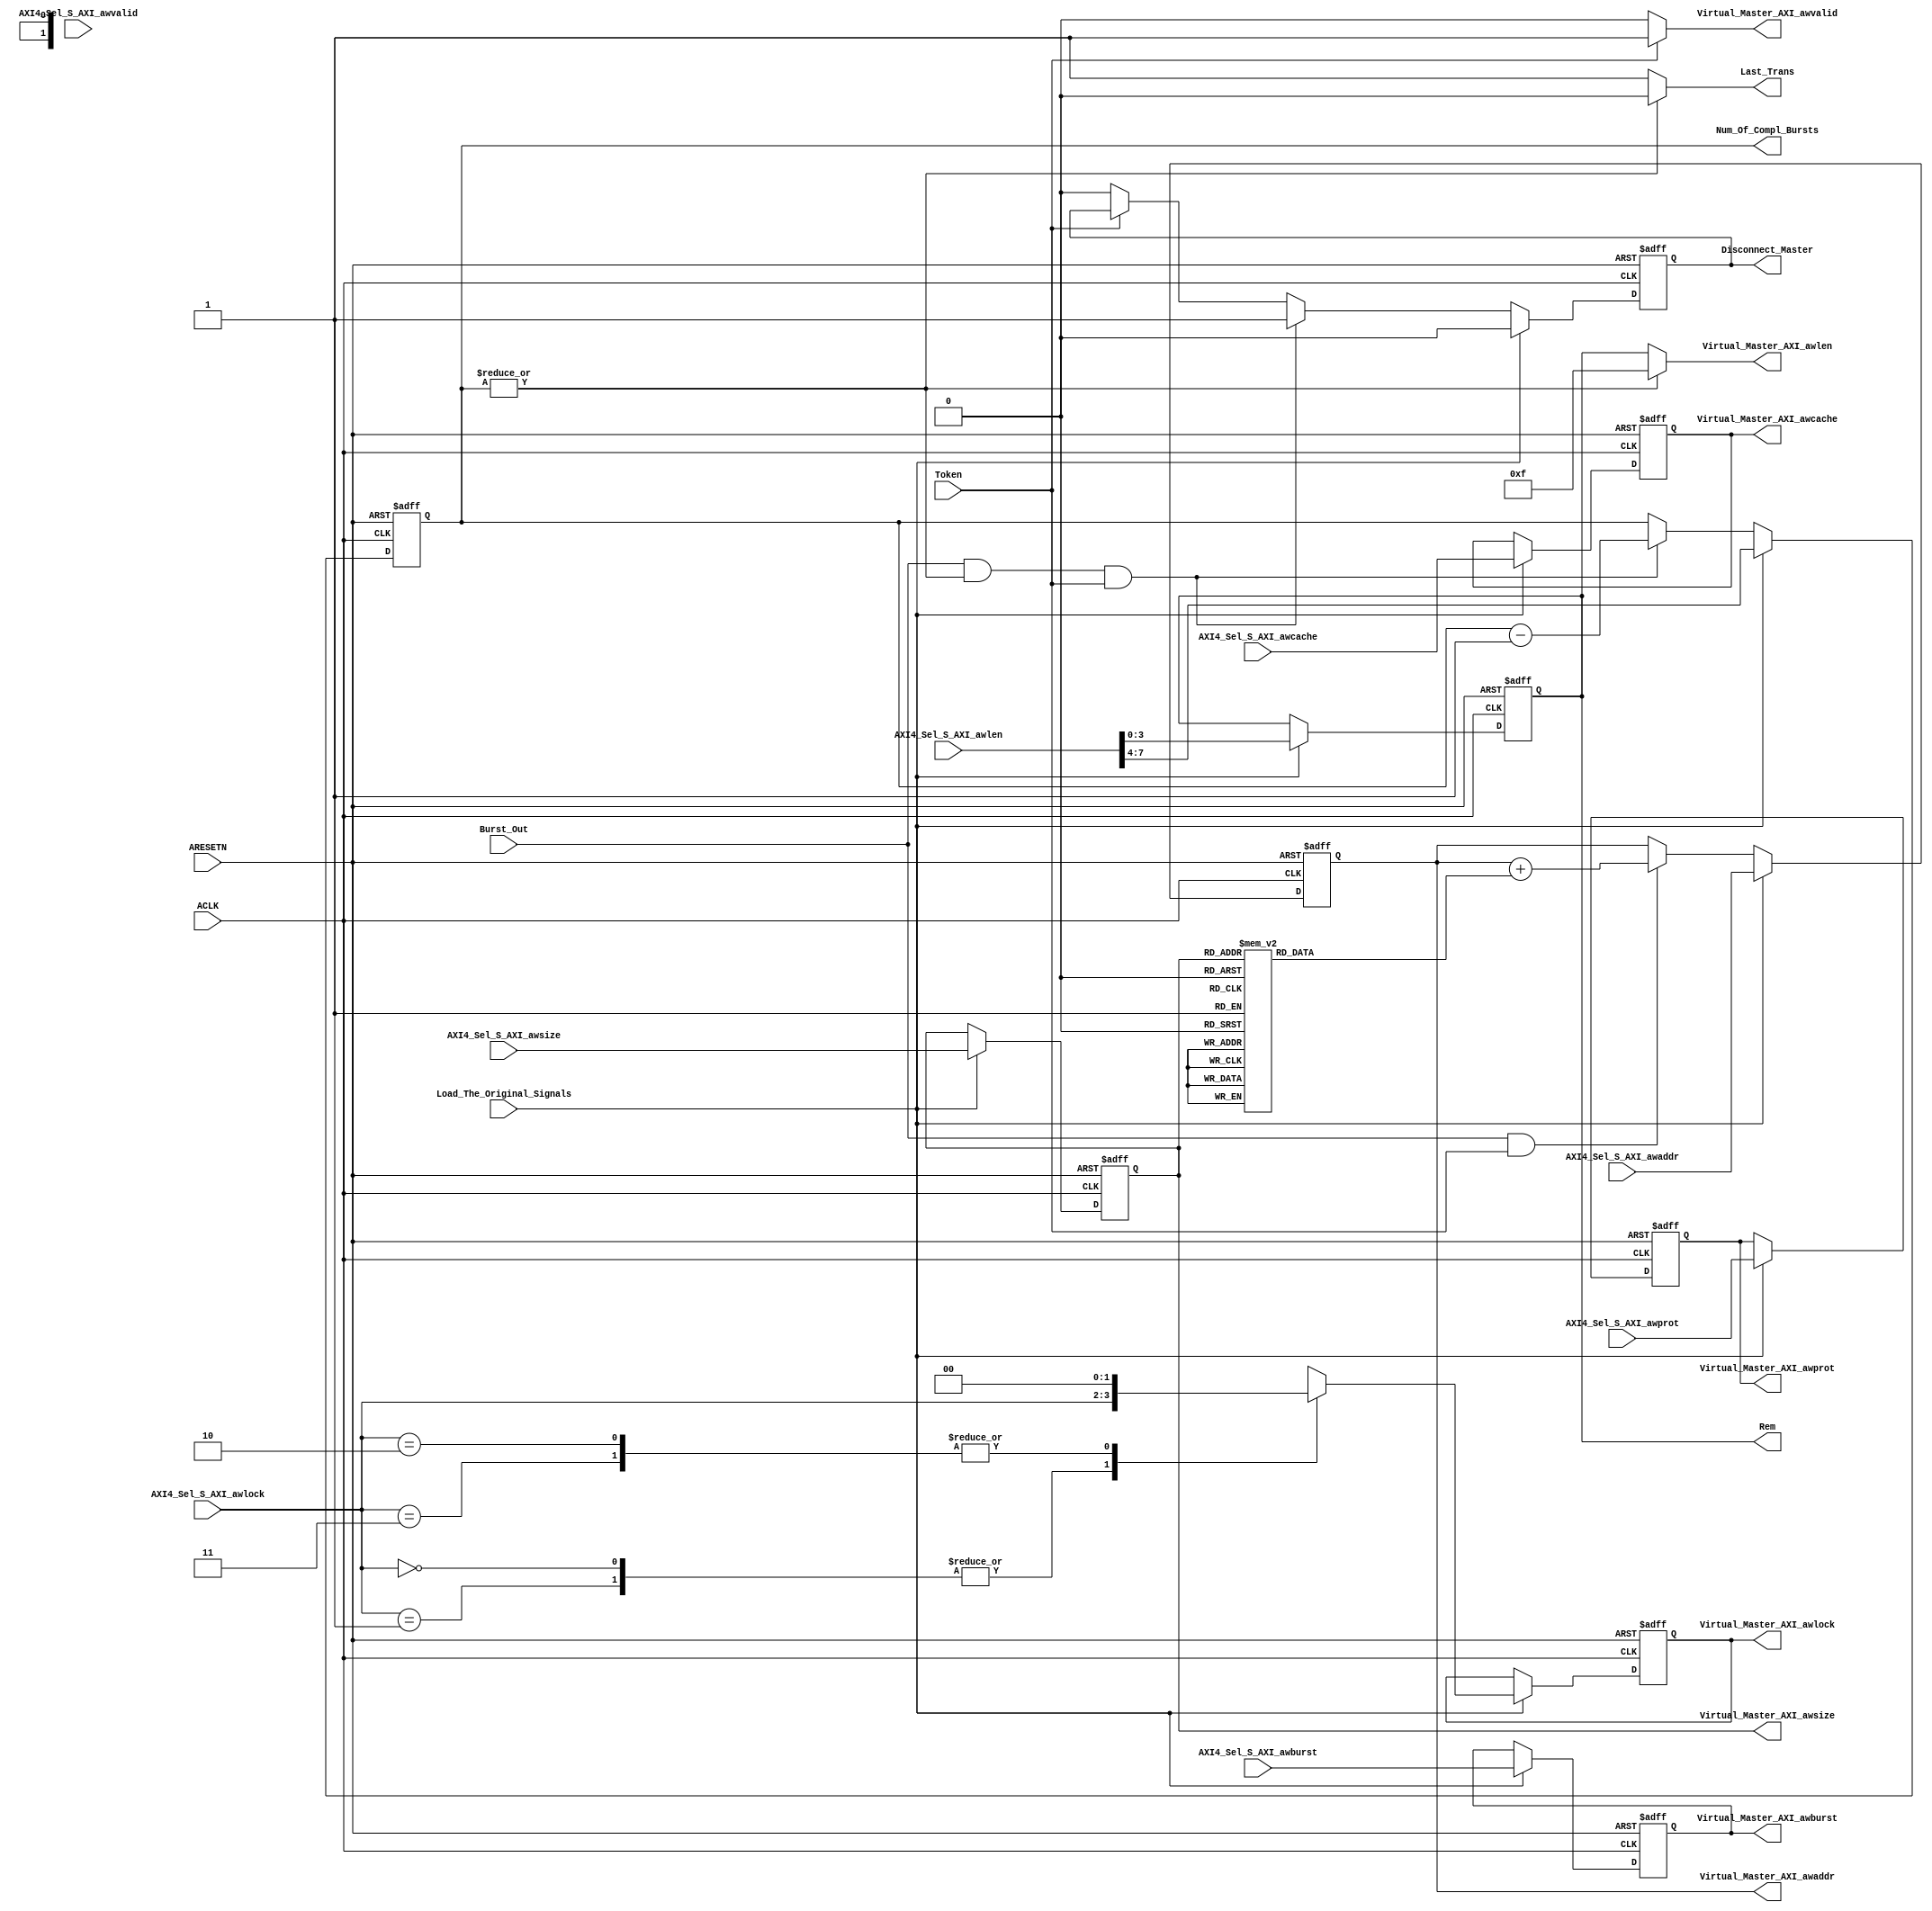
module Virtual_Master #(
    parameter Address_width='d32,AXI4_Aw_len='d8,AXI3_Aw_len='d4
) (
    input  wire                           ACLK,
    input  wire                           ARESETN,

    input  wire                           Load_The_Original_Signals,
    input  wire                           Burst_Out, //! Burst_Out is an indecatiin that we can out a new burst
    input  wire                           Token,
    output reg                            Last_Trans,
    output reg [(AXI4_Aw_len/'d2)-1:0]    Rem, //Reminder of the divsion
    output reg [(AXI4_Aw_len/'d2)-1:0]    Num_Of_Compl_Bursts, // Number of Complete Bursts
    output reg                            Disconnect_Master,

    input  wire  [Address_width-1:0]      AXI4_Sel_S_AXI_awaddr,// the write address
    input  wire  [AXI4_Aw_len-1:0]        AXI4_Sel_S_AXI_awlen, // number of transfer per burst //! For AXI3 limt is 16 and AXI4 is 256 for inc bursts only 
    input  wire  [2:0]                    AXI4_Sel_S_AXI_awsize,//number of bytes within the transfer
    input  wire  [1:0]                    AXI4_Sel_S_AXI_awburst, // burst type
    input  wire  [1:0]                    AXI4_Sel_S_AXI_awlock , // lock type
    input  wire  [3:0]                    AXI4_Sel_S_AXI_awcache, // a opptional signal for connecting to diffrent types of  memories
    input  wire  [2:0]                    AXI4_Sel_S_AXI_awprot ,// identifies the level of protection
    input  wire                           AXI4_Sel_S_AXI_awvalid, // Address write valid signal  
    
    output  reg  [Address_width-1:0]      Virtual_Master_AXI_awaddr,// the write address
    output  reg  [AXI3_Aw_len-1:0]        Virtual_Master_AXI_awlen, // number of transfer per burst //! For AXI3 limt is 16 and AXI4 is 256 for inc bursts only 
    output  reg  [2:0]                    Virtual_Master_AXI_awsize,//number of bytes within the transfer
    output  reg  [1:0]                    Virtual_Master_AXI_awburst, // burst type
    output  reg  [1:0]                    Virtual_Master_AXI_awlock , // lock type
    output  reg  [3:0]                    Virtual_Master_AXI_awcache, // a opptional signal for connecting to diffrent types of  memories
    output  reg  [2:0]                    Virtual_Master_AXI_awprot ,// identifies the level of protection
    output  reg                          Virtual_Master_AXI_awvalid // Address write valid signal     

);

wire Last_Compl_Burst; 
//reg [9:0] Lower_Address_Bits;
//reg [32:10] Higher_Address_Bits;
reg [15:0] Num_Of_Bytes; //!

always @(*) begin
    if (Token) begin
        Virtual_Master_AXI_awvalid='b1;
    end else begin
        Virtual_Master_AXI_awvalid='b0;
    end
end

/*****************************************************************************/
// Lock Signal Decoding 
always @(posedge ACLK or negedge ARESETN ) begin
    if (!ARESETN) begin
       Virtual_Master_AXI_awlock<='b0; 
    end else if (Load_The_Original_Signals) begin
        case (AXI4_Sel_S_AXI_awlock)
            'b00,'b01:begin
               Virtual_Master_AXI_awlock<=AXI4_Sel_S_AXI_awlock;
           end
           'b10,'b11:begin
               Virtual_Master_AXI_awlock<='b00;
           end  
        endcase
    end
end

/*****************************************************************************/
// Burst Signal 
always @(posedge ACLK or negedge ARESETN ) begin
    if (!ARESETN) begin
        
        Num_Of_Compl_Bursts<='b0;
    end else if(Load_The_Original_Signals) begin
        Num_Of_Compl_Bursts<=AXI4_Sel_S_AXI_awlen >>'d4;
        
    end else if (Burst_Out && !Last_Compl_Burst && Token) begin //! Burst_Out is an indecatiin that we can out a new burst
        Num_Of_Compl_Bursts<=Num_Of_Compl_Bursts-'d1;
        
    end
end

always @(posedge ACLK or negedge ARESETN ) begin
    if (!ARESETN) begin
        Disconnect_Master<='b0;
    end else if(Load_The_Original_Signals) begin
        Disconnect_Master<='b0;
    end else if (Burst_Out && !Last_Compl_Burst && Token) begin //! Burst_Out is an indecatiin that we can out a new burst
        Disconnect_Master<='b1;
    end else if (!Token)begin
        Disconnect_Master<='b0;
    end
    
end

always @(posedge ACLK or negedge ARESETN ) begin
    if (!ARESETN) begin
        Rem<='b0;
    end else if(Load_The_Original_Signals) begin
        Rem<=AXI4_Sel_S_AXI_awlen[(AXI4_Aw_len/'d2)-1:0];       
    end 
end

always @(*) begin
    if (!Last_Compl_Burst) begin
        Virtual_Master_AXI_awlen='d15;
        Last_Trans='b0;
    end else begin
        Virtual_Master_AXI_awlen=Rem;
        Last_Trans='b1;
    end
end

assign Last_Compl_Burst = ~|Num_Of_Compl_Bursts;


/*****************************************************************************/
// Address Signal Channel

always @(posedge ACLK or negedge ARESETN ) begin
    if (!ARESETN) begin
        Virtual_Master_AXI_awaddr<='b0;
    end else if (Load_The_Original_Signals) begin
        Virtual_Master_AXI_awaddr<=AXI4_Sel_S_AXI_awaddr;
    end else if (Burst_Out && Token) begin 
        Virtual_Master_AXI_awaddr<=Virtual_Master_AXI_awaddr+Num_Of_Bytes;
    end
end
/*
always @(posedge ACLK or negedge ARESETN ) begin
    if (!ARESETN) begin
        Higher_Address_Bits<='b0;
    end else if (Load_The_Original_Signals) begin
        Higher_Address_Bits<=AXI4_Sel_S_AXI_awaddr[31:10];
    end
end*/

//assign Virtual_Master_AXI_awaddr= {Higher_Address_Bits,Lower_Address_Bits};


always @(*) begin
    case (Virtual_Master_AXI_awsize )
        'b000:begin
            Num_Of_Bytes='d16;
        end 
        'b001:begin
            Num_Of_Bytes='d32;
        end
        'b010:begin
            Num_Of_Bytes='d64;
        end
        'b011:begin
            Num_Of_Bytes='d128;
        end
        'b100:begin
            Num_Of_Bytes='d256;
        end
        'b101:begin
            Num_Of_Bytes='d512;
        end
        'b110:begin
            Num_Of_Bytes='d1024;
        end
        'b111:begin
            Num_Of_Bytes='d2048;
        end
    endcase
   
end

/*****************************************************************************/
always @(posedge ACLK or negedge ARESETN ) begin
    if (!ARESETN) begin
       Virtual_Master_AXI_awsize<='b0; 
    end else if (Load_The_Original_Signals) begin
       Virtual_Master_AXI_awsize<= AXI4_Sel_S_AXI_awsize;
    end
end

always @(posedge ACLK or negedge ARESETN ) begin
    if (!ARESETN) begin
       Virtual_Master_AXI_awburst<='b0; 
    end else if (Load_The_Original_Signals) begin
       Virtual_Master_AXI_awburst<= AXI4_Sel_S_AXI_awburst;
    end
end

always @(posedge ACLK or negedge ARESETN ) begin
    if (!ARESETN) begin
       Virtual_Master_AXI_awcache<='b0; 
    end else if (Load_The_Original_Signals) begin
       Virtual_Master_AXI_awcache<= AXI4_Sel_S_AXI_awcache;
    end
end

always @(posedge ACLK or negedge ARESETN ) begin
    if (!ARESETN) begin
       Virtual_Master_AXI_awprot<='b0; 
    end else if (Load_The_Original_Signals) begin
       Virtual_Master_AXI_awprot<= AXI4_Sel_S_AXI_awprot;
    end
end
endmodule